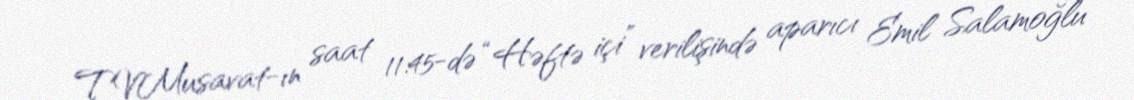
TVMusavat-ın saat 11:45-də “Həftə içi” verilişində aparıcı Emil Salamoğlu